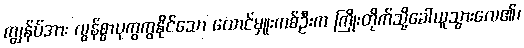
ကျွန်ုပ်အား လွန်စွာပုကွကွနိုင်သော ထောင်မှူးကစ်ဦးက ကြိုးတိုက်သို့ခေါ်ယူသွားလေ၏၊